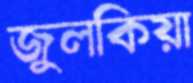
জুলকিয়া